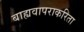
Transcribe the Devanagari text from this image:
बाह्यवापराकरिता